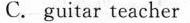
C. guitar teacher